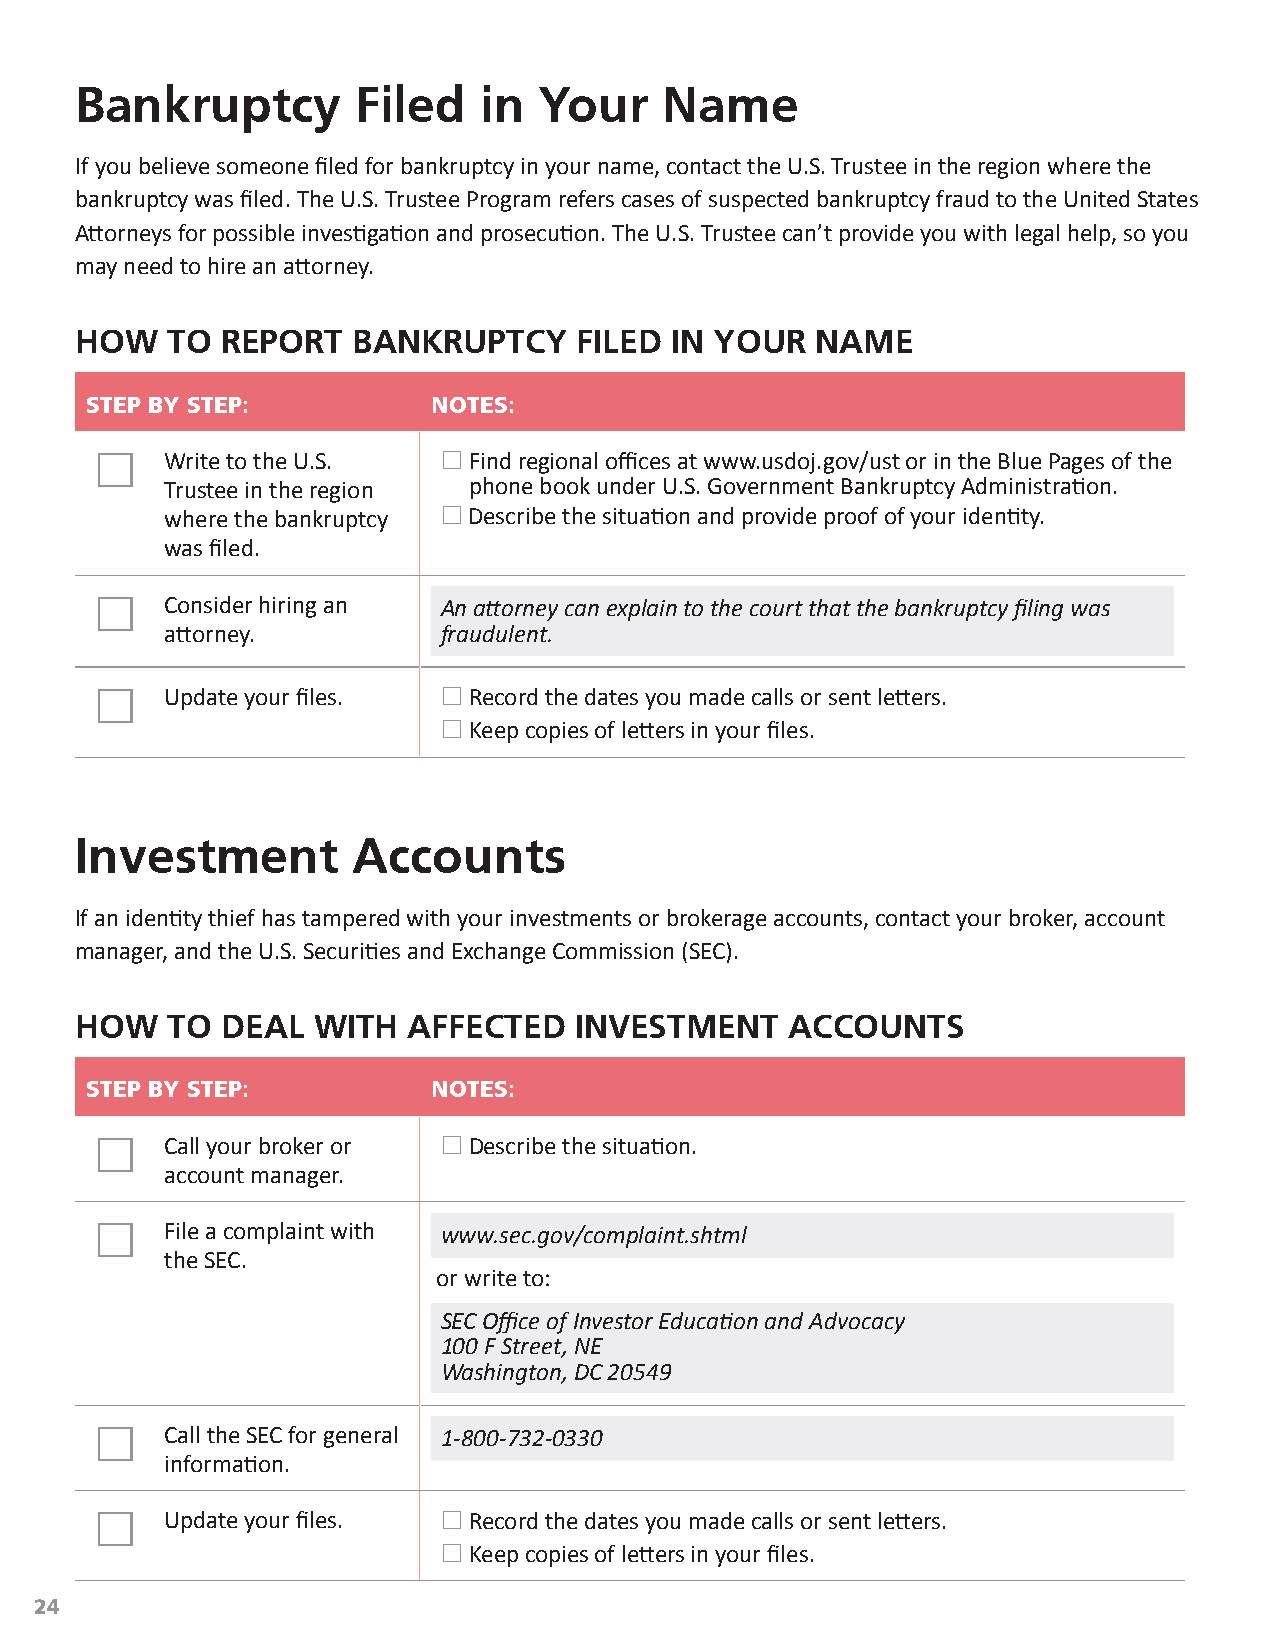
Bankruptcy         Filed   in  Your    Name
 If you believe someone filed for bankruptcy in your name, contact the U.S. Trustee in the region where the
 bankruptcy was filed. The U.S. Trustee Program refers cases of suspected bankruptcy fraud to the United States
 Attorneys for possible investigation and prosecution. The U.S. Trustee can’t provide you with legal help, so you
 may need to hire an attorney.
 HOW   TO  REPORT  BANKRUPTCY     FILED IN YOUR   NAME
 STEP BY STEP:          NOTES:
     Write to the U.S.  Find regional offices at www.usdoj.gov/ust or in the Blue Pages of the
 Trustee in the region phone book under U.S. Government Bankruptcy Administration.
 where the bankruptcy  Describe the situation and provide proof of your identity.
 was filed.
     Consider hiring an An attorney can explain to the court that the bankruptcy filing was
 attorney.         fraudulent.
     Update your files.  Record the dates you made calls or sent letters.
  Keep copies of letters in your files.
 Investment        Accounts
 If an identity thief has tampered with your investments or brokerage accounts, contact your broker, account
 manager, and the U.S. Securities and Exchange Commission (SEC).
 HOW   TO  DEAL  WITH  AFFECTED   INVESTMENT    ACCOUNTS
 STEP BY STEP:          NOTES:
     Call your broker or  Describe the situation.
 account manager.
     File a complaint with www.sec.gov/complaint.shtml
 the SEC.
 or write to:
 SEC Office of Investor Education and Advocacy
 100 F Street, NE
 Washington, DC 20549
     Call the SEC for general 1‑800‑732‑0330
 information.
     Update your files.  Record the dates you made calls or sent letters.
  Keep copies of letters in your files.
 24